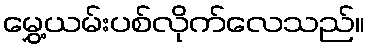
မွှေ့ယမ်းပစ်လိုက်လေသည်။